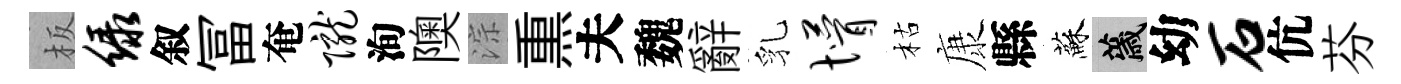
板绿叙冨奄陇洵隩淙𤋱夫魏辭乳懵枯康縣蘇薉幼石伉芬